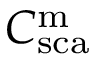
C _ { \mathrm { s c a } } ^ { \mathrm { m } }